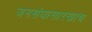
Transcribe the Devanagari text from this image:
जनसंघासारखाच